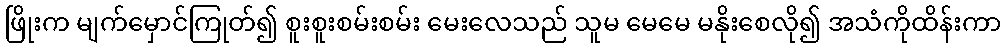
ဖြိုးက မျက်မှောင်ကြုတ်၍ စူးစူးစမ်းစမ်း မေးလေသည် သူမ မေမေ မနိုးစေလို၍ အသံကိုထိန်းကာ